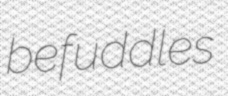
befuddles